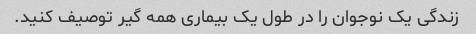
زندگی یک نوجوان را در طول یک بیماری همه گیر توصیف کنید.